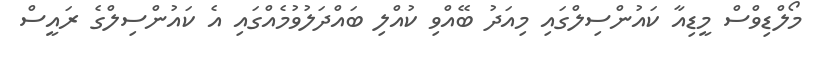
މޯލްޑިވްސް މީޑިއާ ކައުންސިލްގައި މިއަދު ބޭއްވި ކުއްލި ބައްދަލުވުމެއްގައި އެ ކައުންސިލްގެ ރައީސް